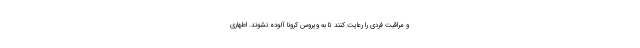
و مراقبت فردی را رعایت کنند تا به ویروس کرونا آلوده نشوند. اطهاری